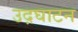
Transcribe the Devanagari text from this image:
उद़घाटन